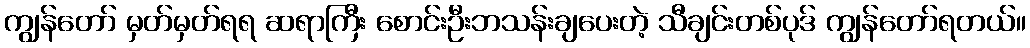
ကျွန်တော် မှတ်မှတ်ရရ ဆရာကြီး စောင်းဦးဘသန်းချပေးတဲ့ သီချင်းတစ်ပုဒ် ကျွန်တော်ရတယ်။